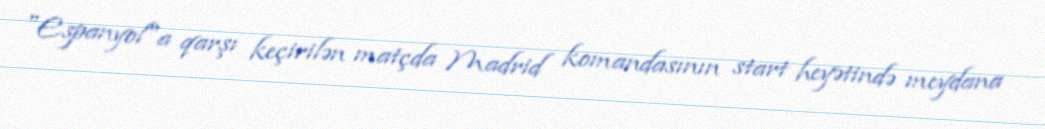
"Espanyol"a qarşı keçirilən matçda Madrid komandasının start heyətində meydana